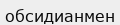
обсидианмен